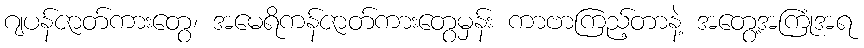
ဂျပန်ဇာတ်ကားတွေ၊ အမေရိကန်ဇာတ်ကားတွေမှန်း ကာဗာကြည့်တာနဲ့ အတွေ့အကြုံအရ